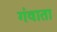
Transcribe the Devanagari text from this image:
गंवाता